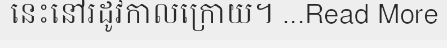
នេះនៅរដូវកាលក្រោយ។ ...Read More